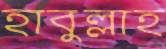
হাবুল্লাহ